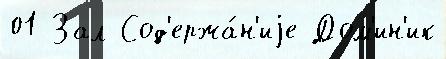
01 Зал Сод'ержа́н'иjе Дом'ин'ик